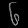
Digit: ၆